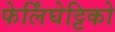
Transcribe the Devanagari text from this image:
फेर्लिंघेट्टिको